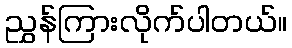
ညွှန်ကြားလိုက်ပါတယ်။